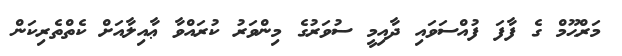
މަރްޙޫމް ގެ ފާފަ ފުއްސަވައި ދާއިމީ ސުވަރުގެ މިންވަރު ކުރައްވާ ޢާއިލާއަށް ކެތްތެރިކަން